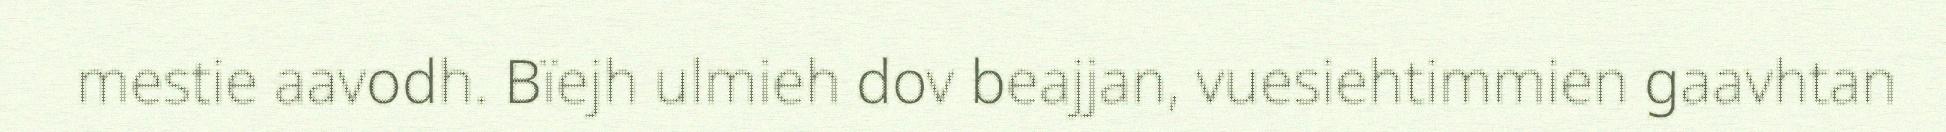
mestie aavodh. Bïejh ulmieh dov beajjan, vuesiehtimmien gaavhtan